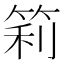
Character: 筣